Scottish Leaving Certificate Examination, 1961
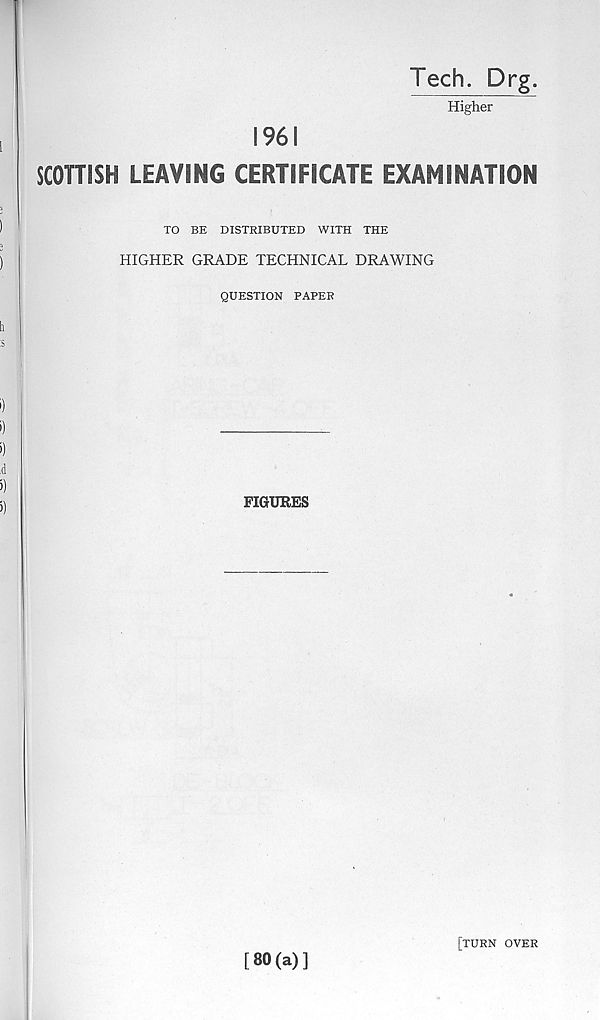
Tech. Drg.
Higher
1961
SCOTTISH LEAVING CERTIFICATE EXAMINATION
TO BE DISTRIBUTED WITH THE
HIGHER GRADE TECHNICAL DRAWING
QUESTION PAPER
FIGURES
[80(a)]
[turn over